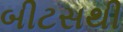
બીટસથી